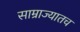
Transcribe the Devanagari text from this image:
साम्राज्यातच